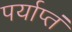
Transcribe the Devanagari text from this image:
पर्याप्तं